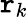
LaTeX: \mathtt{r}_{k}